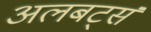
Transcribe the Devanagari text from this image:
अलबर्ट्स